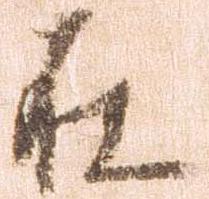
在